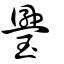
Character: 璺